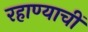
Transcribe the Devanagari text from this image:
रहाण्याचीं